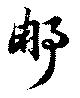
那